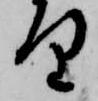
り